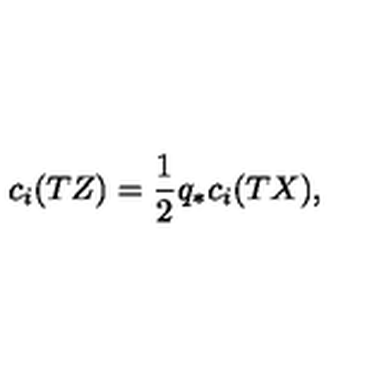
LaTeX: c _ { i } ( T Z ) = \frac { 1 } { 2 } q _ { * } c _ { i } ( T X ) ,